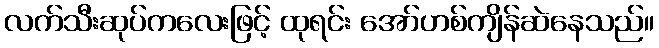
လက်သီးဆုပ်ကလေးဖြင့် ထုရင်း အော်ဟစ်ကျိန်ဆဲနေသည်။